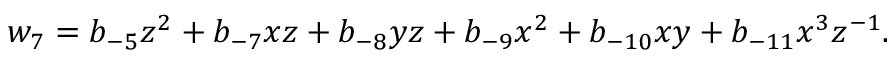
w _ { 7 } = b _ { - 5 } z ^ { 2 } + b _ { - 7 } x z + b _ { - 8 } y z + b _ { - 9 } x ^ { 2 } + b _ { - 1 0 } x y + b _ { - 1 1 } x ^ { 3 } z ^ { - 1 } .